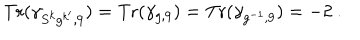
LaTeX: { \mathrm { T r } } ( \gamma _ { S ^ { k } g ^ { k ^ { \prime } } , 9 } ) = { \mathrm { T r } } ( \gamma _ { g , 9 } ) = { \mathrm { T r } } ( \gamma _ { g ^ { - 1 } , 9 } ) = - 2 ~ .